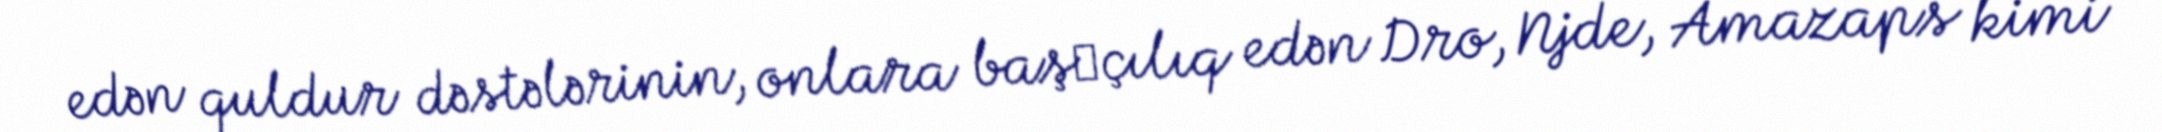
edən quldur dəstələrinin, onlara baş­çılıq edən Dro, Njde, Amazaps kimi